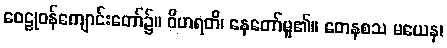
ဝေဠုဝန်ကျောင်းတော်၌။ ဝိဟရတိ၊ နေတော်မူ၏။ တေနစသ မယေန၊